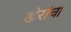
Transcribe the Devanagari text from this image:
खेरांचा